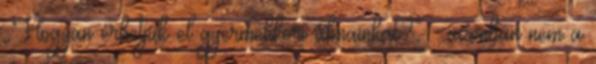
„Hogyan érhetjük el gyermekkori álmainkat?” – azonban nem a